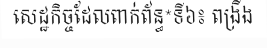
សេដ្ឋកិច្ចដែលពាក់ព័ន្ធ*ទី៦៖ ពង្រឹង